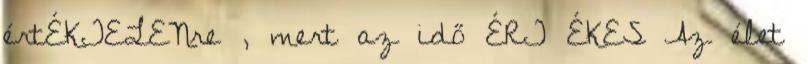
értÉKTELENre , mert az idő ÉRT ÉKES Az élet